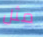
مثل